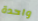
واحدة